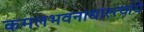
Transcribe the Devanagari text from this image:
कमलभवनाद्यास्त्वयि